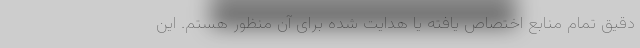
دقیق تمام منابع اختصاص یافته یا هدایت شده برای آن منظور هستم. این